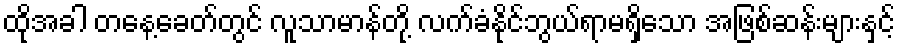
ထိုအခါ တနေ့ခေတ်တွင် လူသာမာန်တို့ လက်ခံနိုင်ဘွယ်ရာမရှိသော အဖြစ်ဆန်းများနှင့်